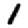
Digit: 1